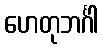
ဟေတုဘင်္ဂါ